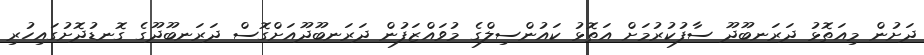
ދަށުން މިއަތޮޅު ދަރަނބޫދޫ ސާފުކުރުމަށް އަތޮޅު ކައުންސިލްގެ މުވައްޒަފުން ދަރަނބޫދޫއަށްގޮސް ދަރަނބޫދޫގެ ގޮނޑުދޮށުގައިހުރި